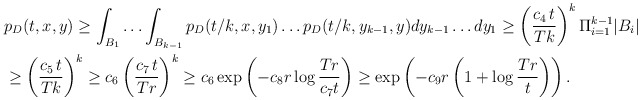
\begin{align*}&p_D(t,x,y)\ge \int_{B_1}\ldots\int_{B_{k-1}}p_D(t/k,x,y_1)\ldots p_D(t/k, y_{k-1},y) dy_{k-1}\ldots dy_1\ge \left( \frac{c_4\,t}{Tk}\right)^k\Pi^{k-1}_{i=1} |B_i| \\&\ge \left(\frac{c_5\,t}{Tk}\right)^{k}\ge c_6 \left(\frac{c_7\,t}{Tr}\right)^{k} \ge c_6 \exp\left(-c_8r\log\frac{Tr}{c_7t}\right) \ge \exp\left(-c_9r\left(1+\log\frac{Tr}{t}\right)\right).\end{align*}